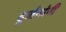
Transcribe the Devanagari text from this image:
दुर्जनांनी